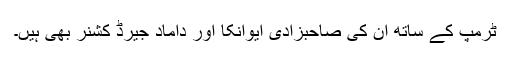
ٹرمپ کے ساتھ ان کی صاحبزادی ایوانکا اور داماد جیرڈ کشنر بھی ہیں۔